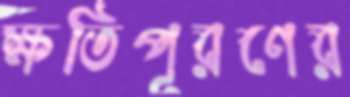
ক্ষতিপূরণের